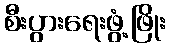
စီးပွားရေးဖွံ့ဖြိုး